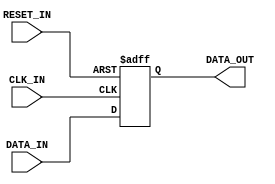
/**
 * A simple N-flop synchroniser.
 */

module spio_uart_sync#( // The number of bits to synchronise
                        parameter NUM_BITS = 1
                        // The number of synchroniser flops to go through (must
                        // be at least 1)
                      , parameter NUM_STAGES = 2
                        // The value to initialise internal flops to (and thus
                        // the value during reset)
                      , parameter INITIAL_VALUE = 0
                      )
                      ( // Clock to sync to
                        input wire CLK_IN
                        // Asynchronous active-high reset
                      , input wire RESET_IN
                        // Signal to synchronise
                      , input wire [NUM_BITS-1:0] DATA_IN
                        // Synchronised signal
                      , output wire [NUM_BITS-1:0] DATA_OUT
                      );

genvar i;

// Data trickles from flop 0 up to flop NUM_STAGES-1.
reg [NUM_BITS-1:0] sync_flops_i [NUM_STAGES-1:0];

always @ (posedge CLK_IN, posedge RESET_IN)
	if (RESET_IN)
		sync_flops_i[0] <= INITIAL_VALUE;
	else
		sync_flops_i[0] <= DATA_IN;

generate for (i = 1; i < NUM_STAGES; i = i + 1)
	begin : sync_stages
		always @ (posedge CLK_IN, posedge RESET_IN)
			if (RESET_IN)
				sync_flops_i[i] <= INITIAL_VALUE;
			else
				sync_flops_i[i] <= sync_flops_i[i-1];
	end
endgenerate

assign DATA_OUT = sync_flops_i[0];

endmodule